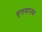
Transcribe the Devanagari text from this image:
वृत्तमानस